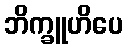
ဘိက္ခူဟိပေ